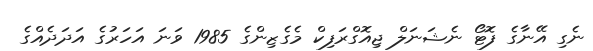
ނެގި އޭނާގެ ފޮޓޯ ނެޝަނަލް ޖިއޮގްރަފިކް މެގެޒިންގެ 1985 ވަނަ އަހަރުގެ އަދަދެއްގެ